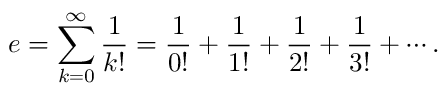
e = \sum _ { k = 0 } ^ { \infty } { \frac { 1 } { k ! } } = { \frac { 1 } { 0 ! } } + { \frac { 1 } { 1 ! } } + { \frac { 1 } { 2 ! } } + { \frac { 1 } { 3 ! } } + \cdots .